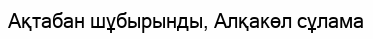
Ақтабан шұбырынды, Алқакөл сұлама